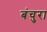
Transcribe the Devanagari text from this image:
बंचुरा